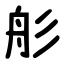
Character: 䑣